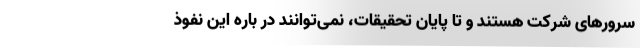
سرورهای شرکت هستند و تا پایان تحقیقات، نمی‌توانند در باره این نفوذ